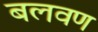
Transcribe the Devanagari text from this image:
बलवण